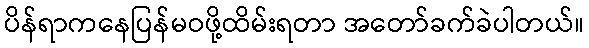
ပိန်ရာကနေပြန်မဝဖို့ထိမ်းရတာ အတော်ခက်ခဲပါတယ်။